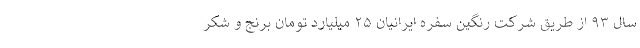
سال ۹۳ از طریق شرکت رنگین سفره ایرانیان ۲۵ میلیارد تومان برنج و شکر